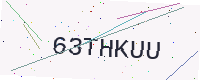
Text: 63THKUU